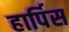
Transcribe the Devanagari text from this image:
हार्पिस